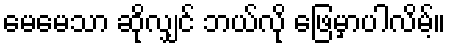
မေမေသာ ဆိုလျှင် ဘယ်လို ဖြေမှာပါလိမ့်။